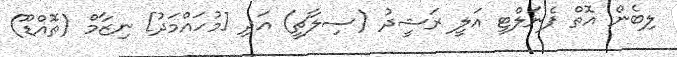
ލިބެން އޮތް ޕެނަލްޓީ އަލީ ރަޝީދު (ސިލާޗީ) އަދި [މުހައްމަދު] ނިޒާމް (ތޮއްޑޫ)